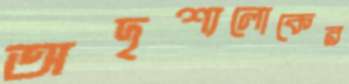
অদৃশ্যলোকের